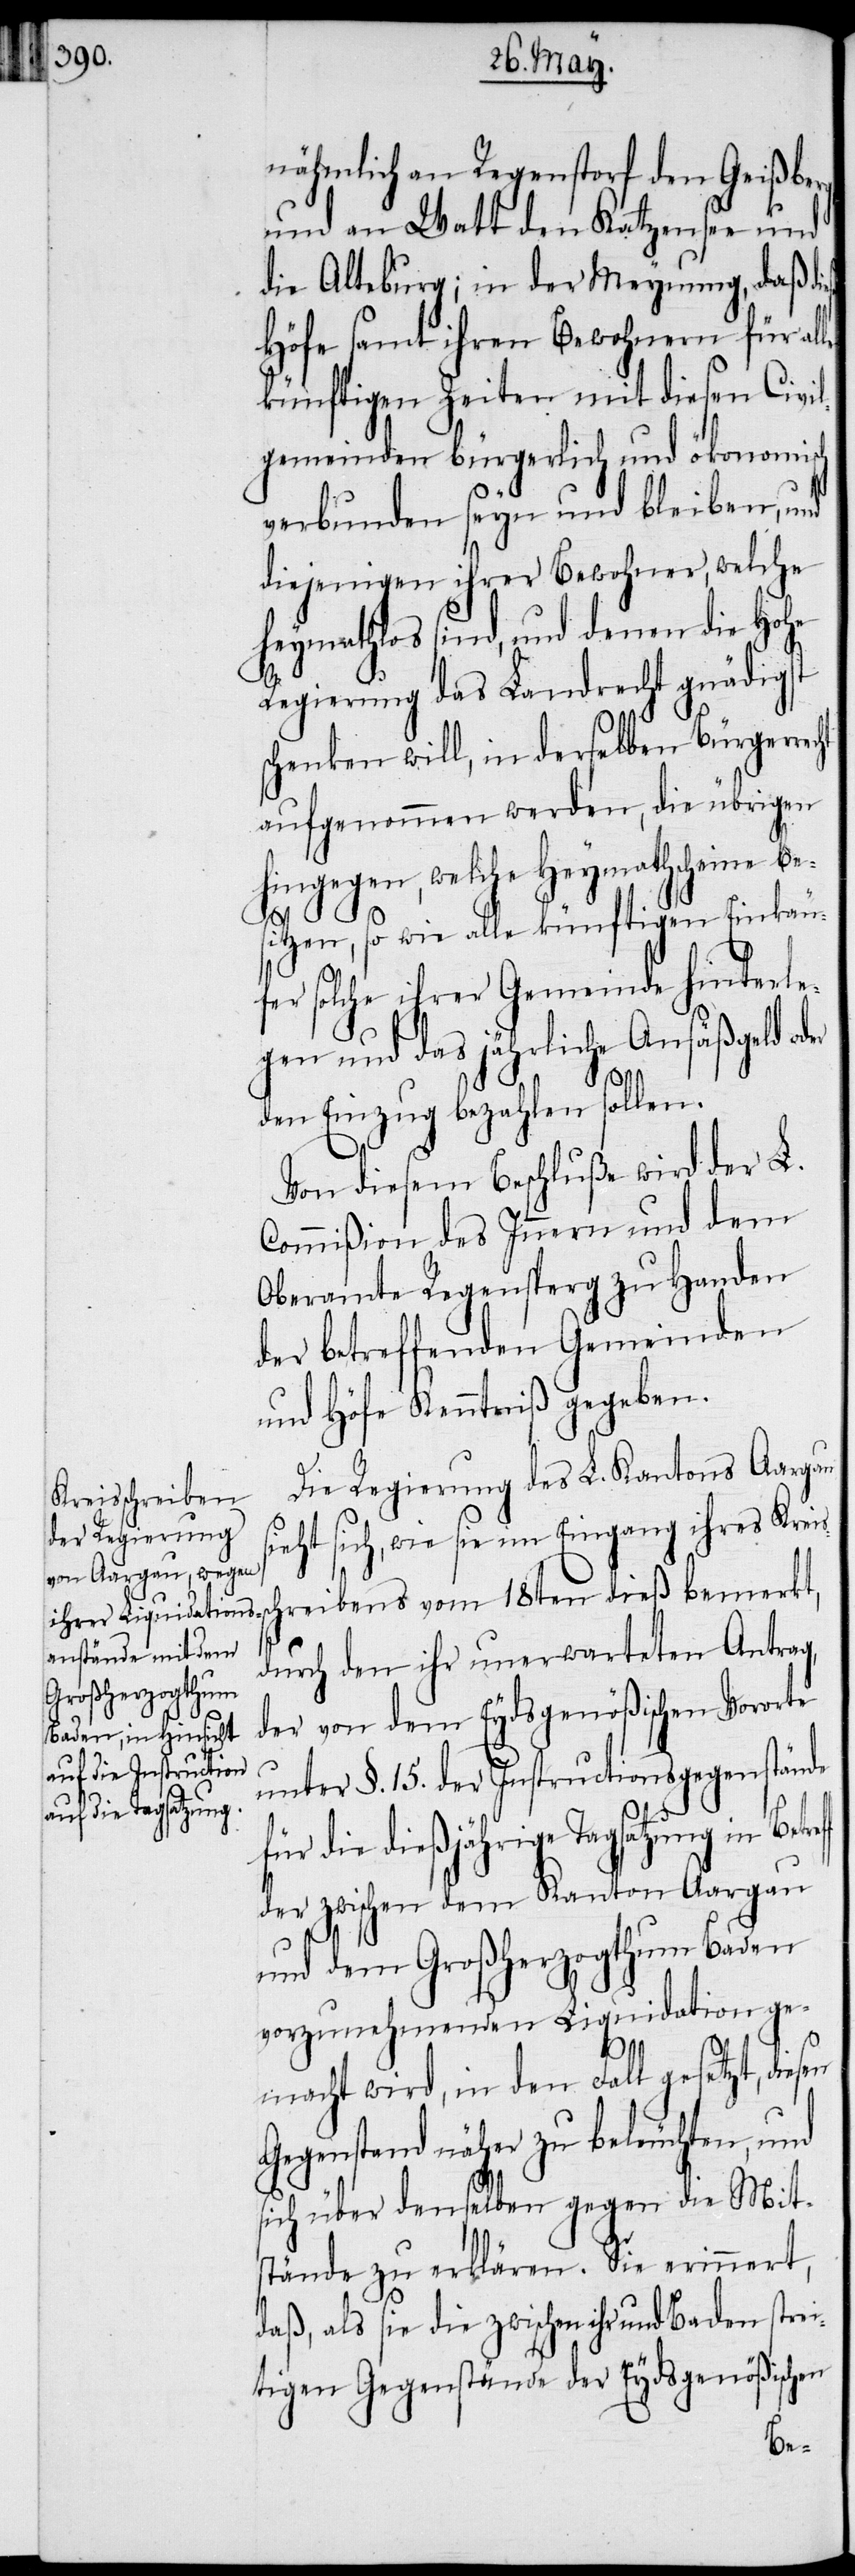
nähmlich an Regenstorf den Geißberg
und an Watt den Katzensee und
die Alteburg; in der Meynung, daß di¬
Höfe samt ihren Bewohnern für al¬
künftigen Zeiten mit diesen Civil¬
gmeinden bürgerlich und ökonomisch
verbunden seyn und bleiben, und
diejenigen ihrer Bewohner, welche
heymathlos sind, und denen die Hohe
Regierung das Landrecht gnädigst
schenken will, in derselben Bürgerre¬
aufgenommen werden, die übrigen
egen, so wie alle künftigen Einkäu¬
fer solche ihrer Gemeinde hinterle¬
gen und das jährliche Ansäßgeld od¬
sen
er
den Einzug bezahlen sollen.
Von diesem Beschluße wird der L.
Commißion des Innern und dem
Oberamte Regensperg zu Handen
der betreffenden Gemeinden
und Höfe Kenntniß gegeben.
Die Regierung des L. Kantons Aargau
sieht sich, wie sie im Eingang ihres Krei¬
hreibens vom 18ten dieß bemerkt,
durch den ihr unerwarteten Antrag,
der von dem Eydsgenößischen Vororte
unter §. 15. der Instructionsgegenstände
für die dießjährige Tagsatzung in
der zwischen dem Kanton Aargau
und dem Großherzogthum Baden
vorzunehmenden Liquidation ge¬
macht wird, in den Fall gesetzt, die¬
Gegenstand näher zu beleuchten, und
sich über denselben gegen die Mit¬
stände zu erklären. Sie erinnert,
daß, als sie die zwischen ihr und Baden strei¬
tigen Gegenstände der Eydsgenößischen